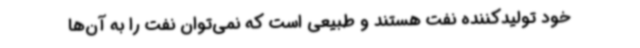
خود تولیدکننده نفت هستند و طبیعی است که نمی‌توان نفت را به آن‌ها